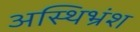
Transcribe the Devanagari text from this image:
अस्थिभ्रंश